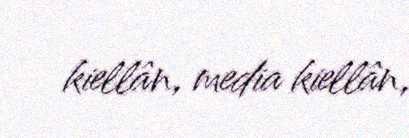
kiellân, media kiellân,